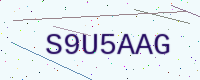
Text: S9U5AAG